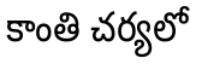
కాంతి చర్యలో